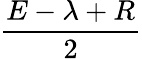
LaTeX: \frac{E-\lambda+R}{2}